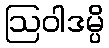
ဩဝါဒမ္ပိ